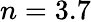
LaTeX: n=3.7